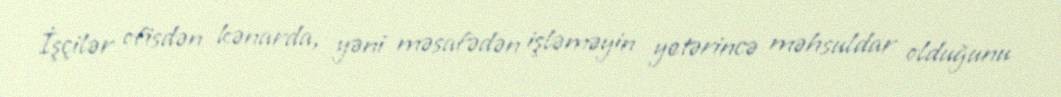
İşçilər ofisdən kənarda, yəni məsafədən işləməyin yetərincə məhsuldar olduğunu